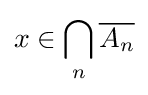
x\in \bigcap _{n}{\overline {A_{n}}}